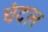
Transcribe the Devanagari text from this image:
चंदल